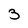
Character: 3